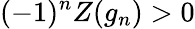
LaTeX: (-1)^{n}Z(g_{n})>0